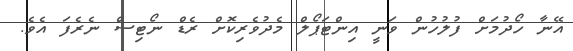
އޭނާ ހޯދުމަށް ފުލުހުން ވަނީ އިންޓަޕޯލް މެދުވެރިކޮށް ރެޑް ނޯޓިސް ނެރެފަ އެވެ.